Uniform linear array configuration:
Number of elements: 48
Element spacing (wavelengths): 0.5
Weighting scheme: binomial
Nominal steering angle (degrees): -45
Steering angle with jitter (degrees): -43.305
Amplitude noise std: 0.05
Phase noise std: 0.05

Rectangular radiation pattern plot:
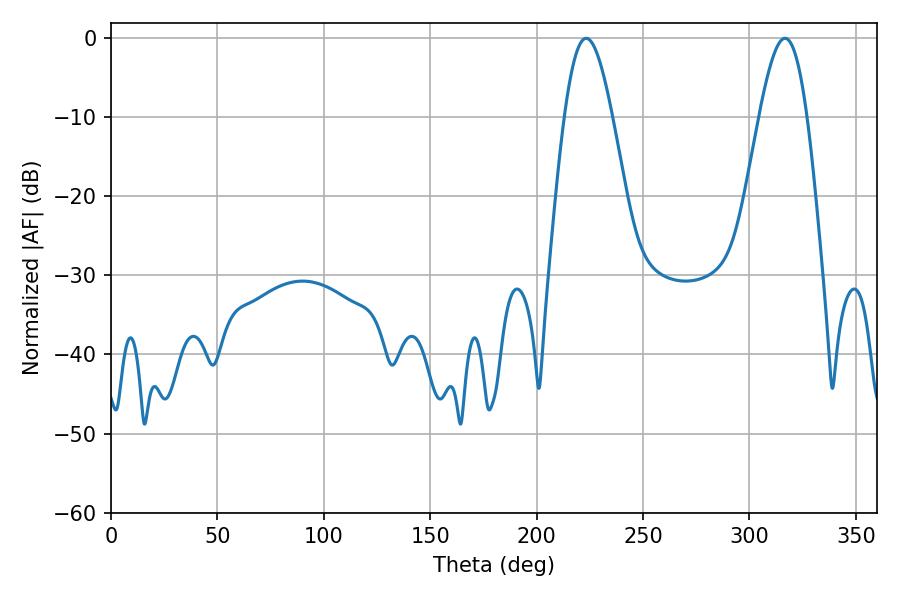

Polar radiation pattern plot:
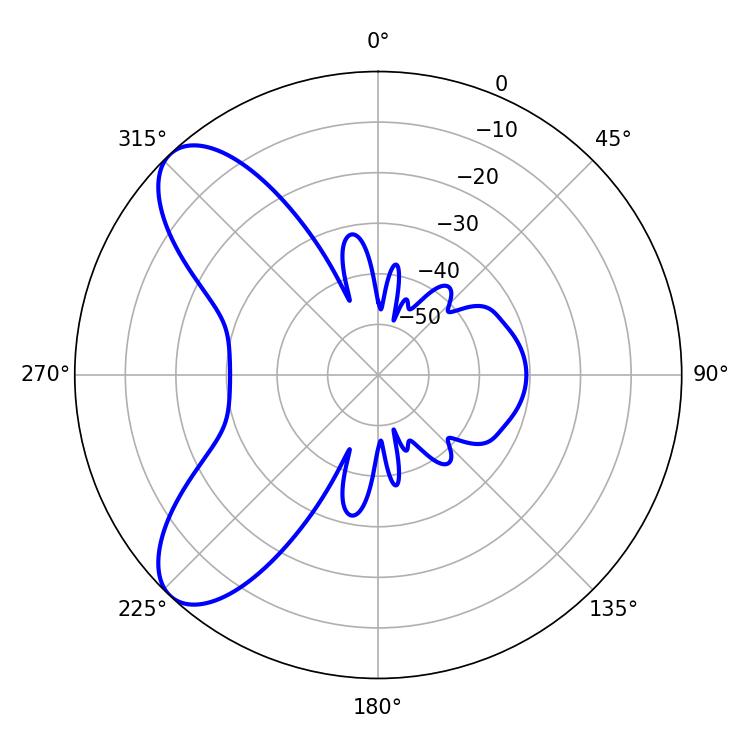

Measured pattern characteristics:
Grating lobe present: FALSE
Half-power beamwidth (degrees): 12.06
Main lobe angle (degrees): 223.2